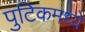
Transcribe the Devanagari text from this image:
पुटिकमध्ये